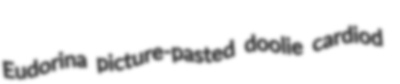
Eudorina picture-pasted doolie cardiod